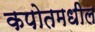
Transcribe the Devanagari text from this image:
कपोतमधील